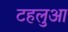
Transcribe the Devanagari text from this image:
टहलुआ